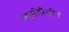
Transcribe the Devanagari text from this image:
ल्युमीफ़ैंट्रीन